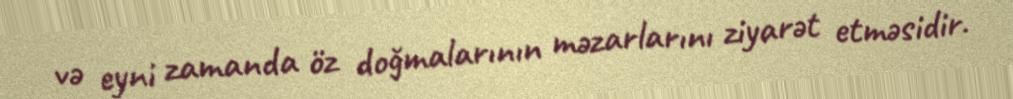
və eyni zamanda öz doğmalarının məzarlarını ziyarət etməsidir.